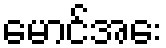
မောင်အေး